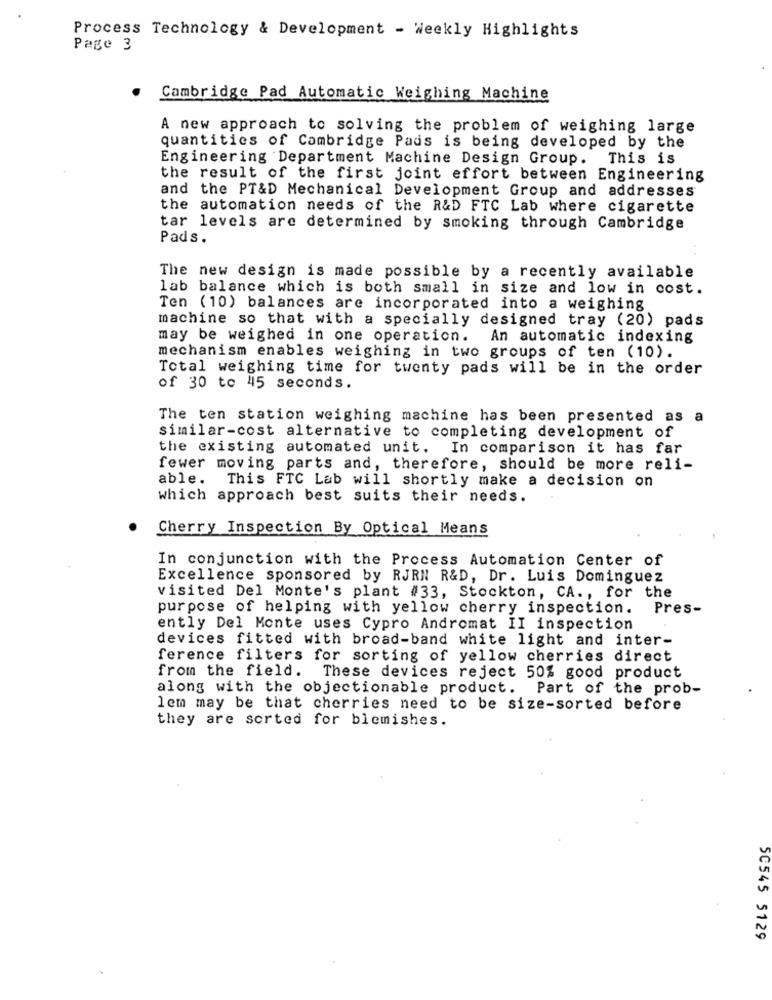
Process Technology & Development - Weekly Highlights
Page 3
Cambridge Pad Automatic Weighing Machine
A new approach to solving the problem of weighing large
quantities of Cambridge Pads is being developed by the
Engineering Department Machine Design Group. This is
the result of the first joint effort between Engineering
and the PT&D Mechanical Development Group and addresses
the automation needs of the R&D FTC Lab where cigarette
tar levels are determined by smoking through Cambridge
Pads.
The new design is made possible by a recently available
lab balance which is both small in size and low in cost.
Ten (10) balances are incorporated into a weighing
machine so that with a specially designed tray (20) pads
may be weighed in one operation.
An automatic indexing
mechanism enables weighing in two groups of ten (10).
Total weighing time for twenty pads will be in the order
of 30 to 45 seconds.
The ten station weighing machine has been presented as a
similar-cost alternative to completing development of
the existing automated unit. In comparison it has far
fewer moving parts and, therefore, should be more reli-
able.
This FTC Lab will shortly make a decision on
which approach best suits their needs.
Cherry Inspection By Optical Means
In conjunction with the Process Automation Center of
Excellence sponsored by RJRN R&D, Dr. Luis Dominguez
visited Del Monte's plant #33, Stockton, CA ., for the
purpose of helping with yellow cherry inspection.
Pres-
ently Del Monte uses Cypro Andromat II inspection
devices fitted with broad-band white light and inter-
ference filters for sorting of yellow cherries direct
from the field. These devices reject 50% good product
along with the objectionable product. Part of the prob-
lem may be that cherries need to be size-sorted before
they are sorted for blemishes.
SC545 5129